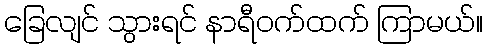
ခြေလျင် သွားရင် နာရီဝက်ထက် ကြာမယ်။